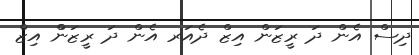
ދިސް އެން ދަ ރީޒަން އިޒް ދެއަރ އެން ދަ ރީޒަންް އިޒް